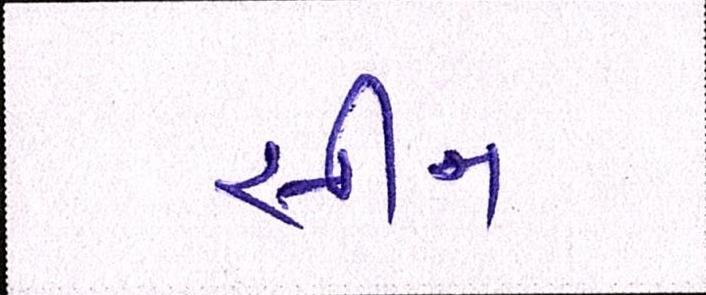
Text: સીન